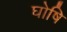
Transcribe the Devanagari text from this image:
घोषि